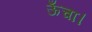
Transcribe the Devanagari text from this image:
ऊँचा।